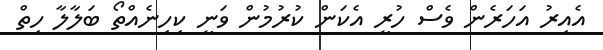
އެއިރު އަހަރެން ވެސް ހުރީ އެކަން ކުރުމުން ވަނީ ކިހިނެއްތޯ ބަލާލާ ހިތް